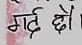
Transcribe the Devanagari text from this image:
मर्दे छो।